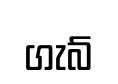
ගැබ්